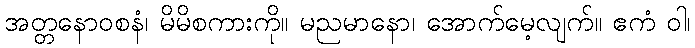
အတ္တနောဝစနံ၊ မိမိစကားကို။ မညမာနော၊ အောက်မေ့လျက်။ ဧကံ ဝါ၊